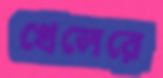
খেলেরে